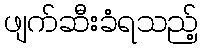
ဖျက်ဆီးခံရသည့်